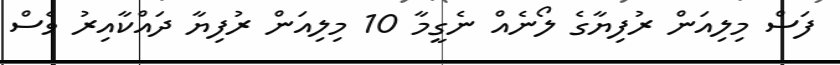
ފަސް މިލިއަން ރުފިޔާގެ ލޯނެއް ނެގީމާ 10 މިލިއަން ރުފިޔާ ދައްކާއިރު ވެސް